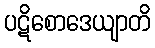
ပဋိစောဒေယျာတိ